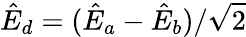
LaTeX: \hat{E}_{d}=(\hat{E}_{a}-\hat{E}_{b})/\sqrt{2}